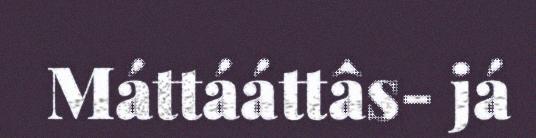
Máttááttâs- já